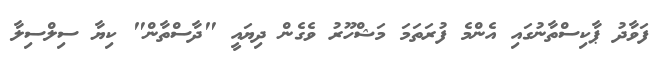
ފަވާދު ޕާކިސްތާނުގައި އެންމެ ފުރަތަމަ މަޝްހޫރު ވެގެން ދިޔައީ "ދާސްތާން" ކިޔާ ސިލްސިލާ